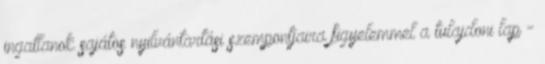
ingatlanok sajátos nyilvántartási szempontjaira figyelemmel a tulajdoni lap -